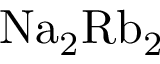
\mathrm { N a _ { 2 } R b _ { 2 } }